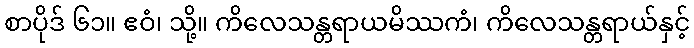
စာပိုဒ် ၆၁။ ဧဝံ၊ သို့။ ကိလေသန္တရာယမိဿကံ၊ ကိလေသန္တရာယ်နှင့်